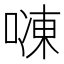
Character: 𱓾